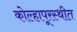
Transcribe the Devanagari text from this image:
कोल्हापूरस्थीत